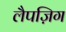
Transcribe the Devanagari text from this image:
लैपज़िग